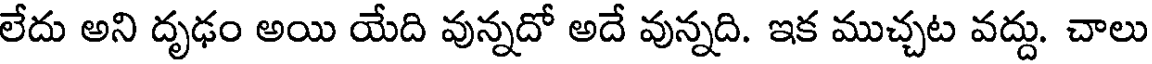
లేదు అని దృఢం అయి యేది వున్నదో అదే వున్నది. ఇక ముచ్చట వద్దు. చాలు